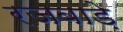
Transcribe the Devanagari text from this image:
रजबाड़े